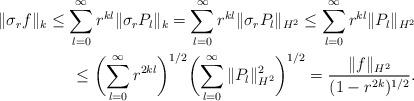
LaTeX: \begin{align*}\|\sigma_rf\|_k\le\sum_{l=0}^{\infty}r^{kl}\|\sigma_rP_l\|_k=\sum_{l=0}^{\infty}r^{kl}\|\sigma_rP_l\|_{H^2}\le\sum_{l=0}^{\infty}r^{kl}\|P_l\|_{H^2}\\\le\biggl(\sum_{l=0}^{\infty}r^{2kl}\biggr)^{1/2}\biggl(\sum_{l=0}^{\infty}\|P_l\|_{H^2}^2\biggr)^{1/2}=\frac{\|f\|_{H^2}}{(1-r^{2k})^{1/2}}.\end{align*}